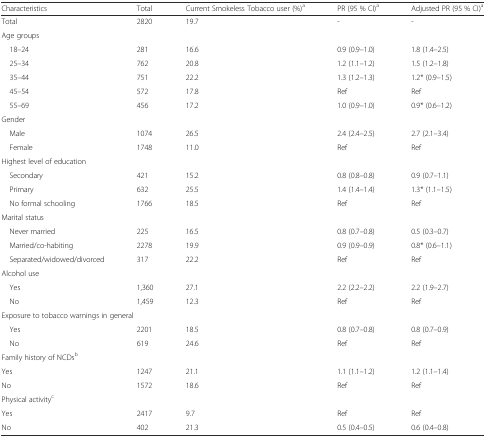
<table><thead><tr><td><b>Characteristics</b></td><td><b>Total</b></td><td><b>Current Smokeless Tobacco user (%)<sup>a</sup></b></td><td><b>PR (95 % CI)<sup>a</sup></b></td><td><b>Adjusted PR (95 % CI)<sup>a</sup></b></td></tr></thead><tbody><tr><td>Total</td><td>2820</td><td>19.7</td><td>-</td><td>-</td></tr><tr><td colspan="5">Age groups</td></tr><tr><td> 18–24</td><td>281</td><td>16.6</td><td>0.9 (0.9–1.0)</td><td>1.8 (1.4–2.5)</td></tr><tr><td> 25–34</td><td>762</td><td>20.8</td><td>1.2 (1.1–1.2)</td><td>1.5 (1.2–1.8)</td></tr><tr><td> 35–44</td><td>751</td><td>22.2</td><td>1.3 (1.2–1.3)</td><td>1.2* (0.9–1.5)</td></tr><tr><td> 45–54</td><td>572</td><td>17.8</td><td>Ref</td><td>Ref</td></tr><tr><td> 55–69</td><td>456</td><td>17.2</td><td>1.0 (0.9–1.0)</td><td>0.9* (0.6–1.2)</td></tr><tr><td colspan="5">Gender</td></tr><tr><td> Male</td><td>1074</td><td>26.5</td><td>2.4 (2.4–2.5)</td><td>2.7 (2.1–3.4)</td></tr><tr><td> Female</td><td>1748</td><td>11.0</td><td>Ref</td><td>Ref</td></tr><tr><td colspan="5">Highest level of education</td></tr><tr><td> Secondary</td><td>421</td><td>15.2</td><td>0.8 (0.8–0.8)</td><td>0.9 (0.7–1.1)</td></tr><tr><td> Primary</td><td>632</td><td>25.5</td><td>1.4 (1.4–1.4)</td><td>1.3* (1.1–1.5)</td></tr><tr><td> No formal schooling</td><td>1766</td><td>18.5</td><td>Ref</td><td>Ref</td></tr><tr><td colspan="5">Marital status</td></tr><tr><td> Never married</td><td>225</td><td>16.5</td><td>0.8 (0.7–0.8)</td><td>0.5 (0.3–0.7)</td></tr><tr><td> Married/co-habiting</td><td>2278</td><td>19.9</td><td>0.9 (0.9–0.9)</td><td>0.8* (0.6–1.1)</td></tr><tr><td> Separated/widowed/divorced</td><td>317</td><td>22.2</td><td>Ref</td><td>Ref</td></tr><tr><td colspan="5">Alcohol use</td></tr><tr><td> Yes</td><td>1,360</td><td>27.1</td><td>2.2 (2.2–2.2)</td><td>2.2 (1.9–2.7)</td></tr><tr><td> No</td><td>1,459</td><td>12.3</td><td>Ref</td><td>Ref</td></tr><tr><td colspan="5">Exposure to tobacco warnings in general</td></tr><tr><td> Yes</td><td>2201</td><td>18.5</td><td>0.8 (0.7–0.8)</td><td>0.8 (0.7–0.9)</td></tr><tr><td> No</td><td>619</td><td>24.6</td><td>Ref</td><td>Ref</td></tr><tr><td colspan="5">Family history of NCDs<sup>b</sup></td></tr><tr><td>Yes</td><td>1247</td><td>21.1</td><td>1.1 (1.1–1.2)</td><td>1.2 (1.1–1.4)</td></tr><tr><td>No</td><td>1572</td><td>18.6</td><td>Ref</td><td>Ref</td></tr><tr><td colspan="5">Physical activity<sup>c</sup></td></tr><tr><td>Yes</td><td>2417</td><td>9.7</td><td>Ref</td><td>Ref</td></tr><tr><td>No</td><td>402</td><td>21.3</td><td>0.5 (0.4–0.5)</td><td>0.6 (0.4–0.8)</td></tr></tbody></table>